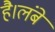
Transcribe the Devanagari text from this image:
है।लंबे